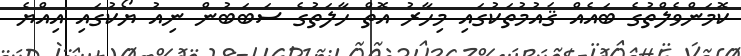
ކޮމަންވެލްތުގެ ބައެއް ޤައުމުތަކުގައި މިހާރު އޮތް ހާލަތުގެ ސަބަބުން ނިއު ޔޯކުގައި އިއްޔެ